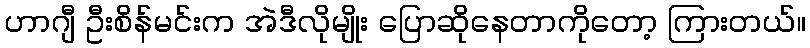
ဟာဂျီ ဦးစိန်မင်းက အဲဒီလိုမျိုး ပြောဆိုနေတာကိုတော့ ကြားတယ်။